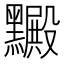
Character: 𪒮